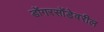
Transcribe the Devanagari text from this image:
डोंगरसोंडेवरील